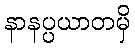
နာနပ္ပယာတမှိ